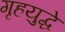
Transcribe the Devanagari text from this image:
गृहयुद्धे